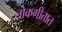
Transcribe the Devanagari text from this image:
लोकगीतात